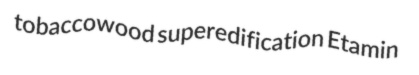
tobaccowood superedification Etamin